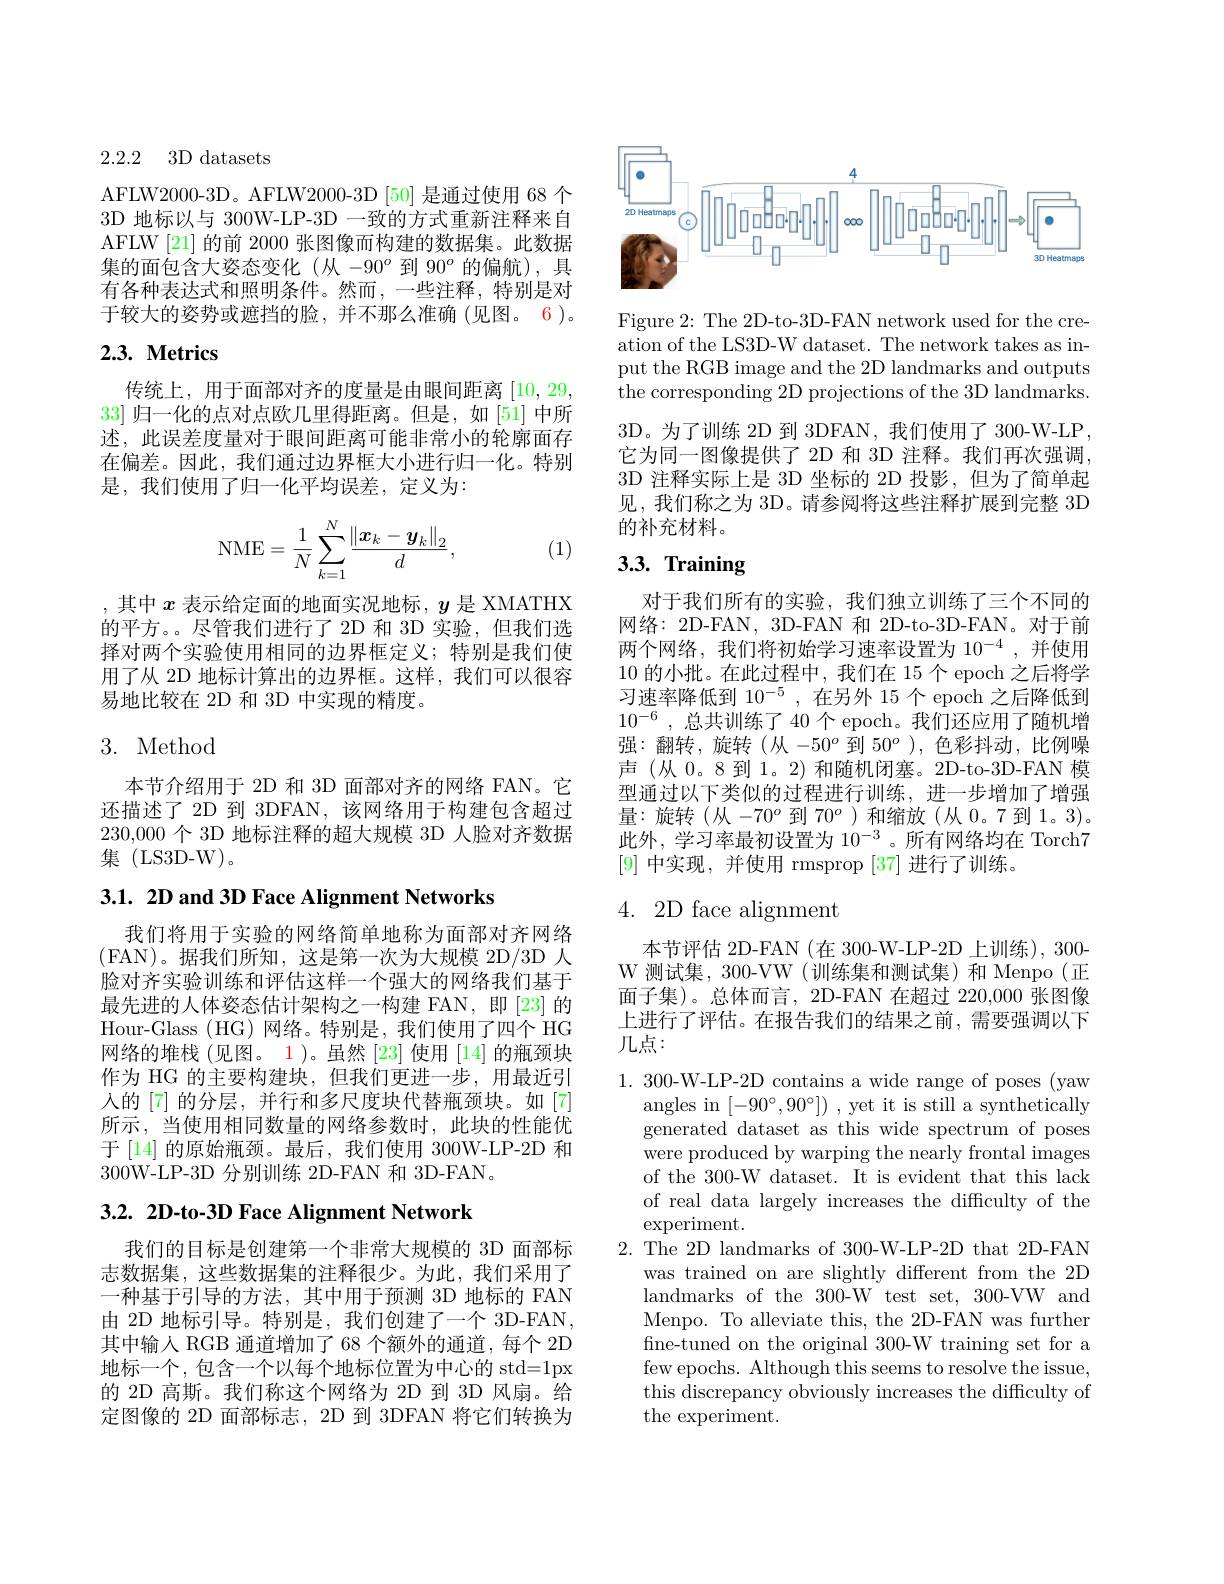
2.2.2 3D datasets

AFLW2000-3D。AFLW2000-3D[50] 是通过使用 68 个3D 地标以与 300W-LP-3D 一致的方式重新注释来自AFLW[21] 的前 2000 张图像而构建的数据集。此数据集的面包含大姿态变化 (从 -90$^o$到 90$^o$的偏航),具有各种表达式和照明条件。然而，一些注释，特别是对于较大的姿势或遮挡的脸，并不那么准确(见图。6)。

## $2. 3. \textbf{ Metrics}$

传统上，用于面部对齐的度量是由眼间距离[10,29, 33]归一化的点对点欧几里得距离。但是，如[51]中所述，此误差度量对于眼间距离可能非常小的轮廓面存在偏差。因此，我们通过边界框大小进行归一化。特别是，我们使用了归一化平均误差，定义为：
$$\mathrm N\mathrm M\mathrm E=\dfrac{1}{N}\sum_{k=1}^N\dfrac{\left\|\boldsymbol x_k-\boldsymbol y_k\right\|_2}{d},$$
(1)

,其中$x$表示给定面的地面实况地标，$y$是 XMATHX 的平方。。尽管我们进行了 2D 和 3D 实验，但我们选择对两个实验使用相同的边界框定义；特别是我们使用了从 2D 地标计算出的边界框。这样，我们可以很容易地比较在 2D 和 3D 中实现的精度。

## 3. Method

本节介绍用于 2D 和 3D 面部对齐的网络 FAN。它还描述了 2D 到 3DFAN, 该网络用于构建包含超过230,000个 3D 地标注释的超大规模 3D 人脸对齐数据集 (LS3D-W)。

3.1. 2D and 3D Face Alignment Networks

我们将用于实验的网络简单地称为面部对齐网络(FAN)。据我们所知，这是第一次为大规模 2D/3D 人脸对齐实验训练和评估这样一个强大的网络我们基于最先进的人体姿态估计架构之一构建 FAN,即[23] 的Hour-Glass (HG)网络。特别是，我们使用了四个 HG 网络的堆栈 (见图。1)。虽然 [23] 使用 [14] 的瓶颈块作为 HG 的主要构建块，但我们更进一步，用最近引入的[7] 的分层，并行和多尺度块代替瓶颈块。如[7] 所示，当使用相同数量的网络参数时，此块的性能优于 [14] 的原始瓶颈。最后，我们使用 300W-LP-2D 和300W-LP-3D 分别训练 2D-FAN 和 3D-FAN。

## 3.2. 2D-to-3D Face Alignment Network

我们的目标是创建第一个非常大规模的 3D 面部标志数据集，这些数据集的注释很少。为此，我们采用了一种基于引导的方法，其中用于预测 3D 地标的 FAN 由 2D 地标引导。特别是，我们创建了一个 3D-FAN, 其中输人 RGB 通道增加了 68 个额外的通道，每个 2D 地标一个，包含一个以每个地标位置为中心的 std=1px 的 2D 高斯。我们称这个网络为 2D 到 3D 风扇。给定图像的 2D 面部标志，2D 到 3DFAN 将它们转换为

<FigureHere>

Figure 2: The 2D-to-3D-FAN network used for the creation of the LS3D-W dataset. The network takes as input the RGB image and the 2D landmarks and outputs the corresponding 2D projections of the 3D landmarks. 3D。为了训练 2D 到 3DFAN, 我们使用了 300-W-LP 它为同一图像提供了 2D 和 3D 注释。我们再次强调3D 注释实际上是 3D 坐标的 2D 投影，但为了简单起见，我们称之为 3D。请参阅将这些注释扩展到完整 3D 的补充材料。

# 3.3. Training

对于我们所有的实验，我们独立训练了三个不同的网络：2D-FAN, 3D-FAN 和 2D-to-3D-FAN。对于前两个网络，我们将初始学习速率设置为$10^{-4}$ ,并使用10的小批。在此过程中，我们在 15 个 epoch 之后将学习速率降低到 10$^-5$,在另外 15 个 epoch 之后降低到$10^{- 6}$ ,总共训练了 40 个 epoch。我们还应用了随机增强：翻转，旋转(从-50^o 到 $50^o) , 色 彩 抖 动 , 比 例 噪$ 声 (从 0。8 到 1。2) 和随机闭塞。2D-to-3D-FAN 模型通过以下类似的过程进行训练，进一步增加了增强量：旋转(从-70^o 到 $70^o) 和 缩 放 ( 从 0。7到 1。3) $。$\overline{\text{此外，学习率最初设置为 }10^{-3}}$。所有网络均在 Torch7 [9]中实现，并使用 rmsprop [37]进行了训练。

## 4.2D face alignment

本节评估 2D-FAN (在 300-W-LP-2D 上训练), 300- W 测试集，300-VW (训练集和测试集)和 Menpo(正面子集)。总体而言，2D-FAN 在超过 220,000 张图像上进行了评估。在报告我们的结果之前，需要强调以下几点：
1. 300-W-LP-2D contains a wide range of poses (yaw
angles in $[-90^{\circ},90^{\circ}])$ , yet it is still a synthetically generated dataset as this wide spectrum of poses were produced by warping the nearly frontal images of the 300-W dataset. It is evident that this lack of real data largely increases the difficulty of the experiment.
2. The 2D landmarks of 300-W-LP-2D that 2D-FAN
was trained on are slightly different from the 2D landmarks of the 300-W test set, 300-VW and Menpo. To alleviate this, the 2D-FAN was further fine-tuned on the original 300-W training set for a few epochs. Although this seems to resolve the issue, this discrepancy obviously increases the difficulty of the experiment.